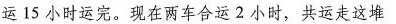
运15小时运完。现在两车合运2小时，共运走这堆